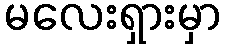
မလေးရှားမှာ